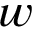
\boldsymbol { w }